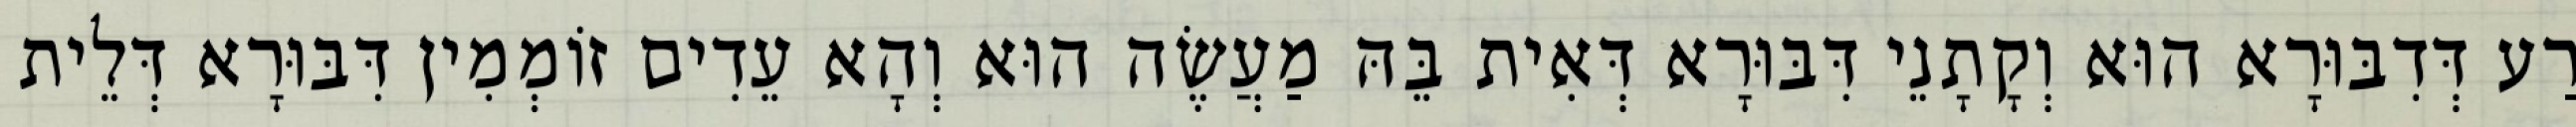
רַע דְּדִבּוּרָא הוּא וְקָתָנֵי דִּבּוּרָא דְּאִית בֵּהּ מַעֲשֶׂה הוּא וְהָא עֵדִים זוֹמְמִין דִּבּוּרָא דְּלֵית